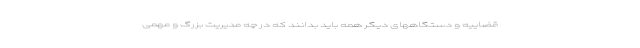
قضاییه و دستگاههای دیگر همه باید بدانند که در چه مدیریت بزرگ و مهمی